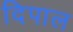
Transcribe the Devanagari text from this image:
दिपाल